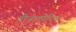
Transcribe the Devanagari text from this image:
रीनात्पेरिन